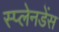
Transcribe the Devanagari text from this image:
स्प्लेनडेंस